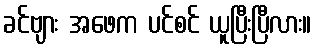
ခင်ဗျား အဖေက ပင်စင် ယူပြီးပြီလား။